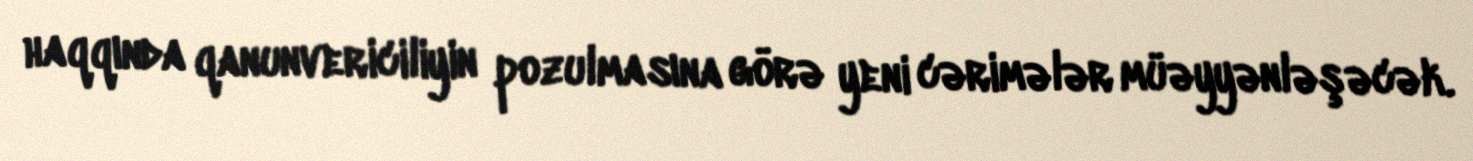
haqqında qanunvericiliyin pozulmasına görə yeni cərimələr müəyyənləşəcək.